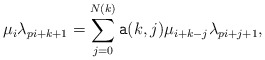
\begin{align*}\mu_i\lambda_{pi+k+1}=\sum_{j=0}^{N(k)} {\tt a}(k,j)\mu_{i+k-j}\lambda_{pi+j+1},\end{align*}